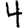
Digit: 4